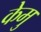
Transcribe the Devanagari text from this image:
केमु